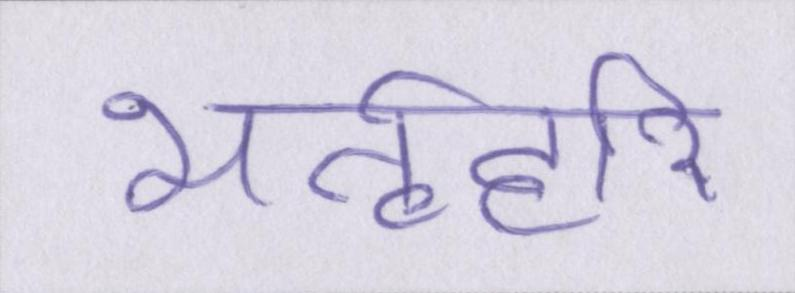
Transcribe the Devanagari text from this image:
भर्तृहरि